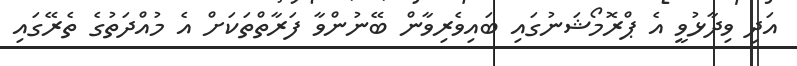
އަދި ވިދާޅުވީ އެ ޕްރޮމޯޝަނުގައި ބައިވެރިވާން ބޭނުންވާ ފަރާތްތަކަށް އެ މުއްދަތުގެ ތެރޭގައި